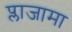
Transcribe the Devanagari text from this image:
प्लाजामा